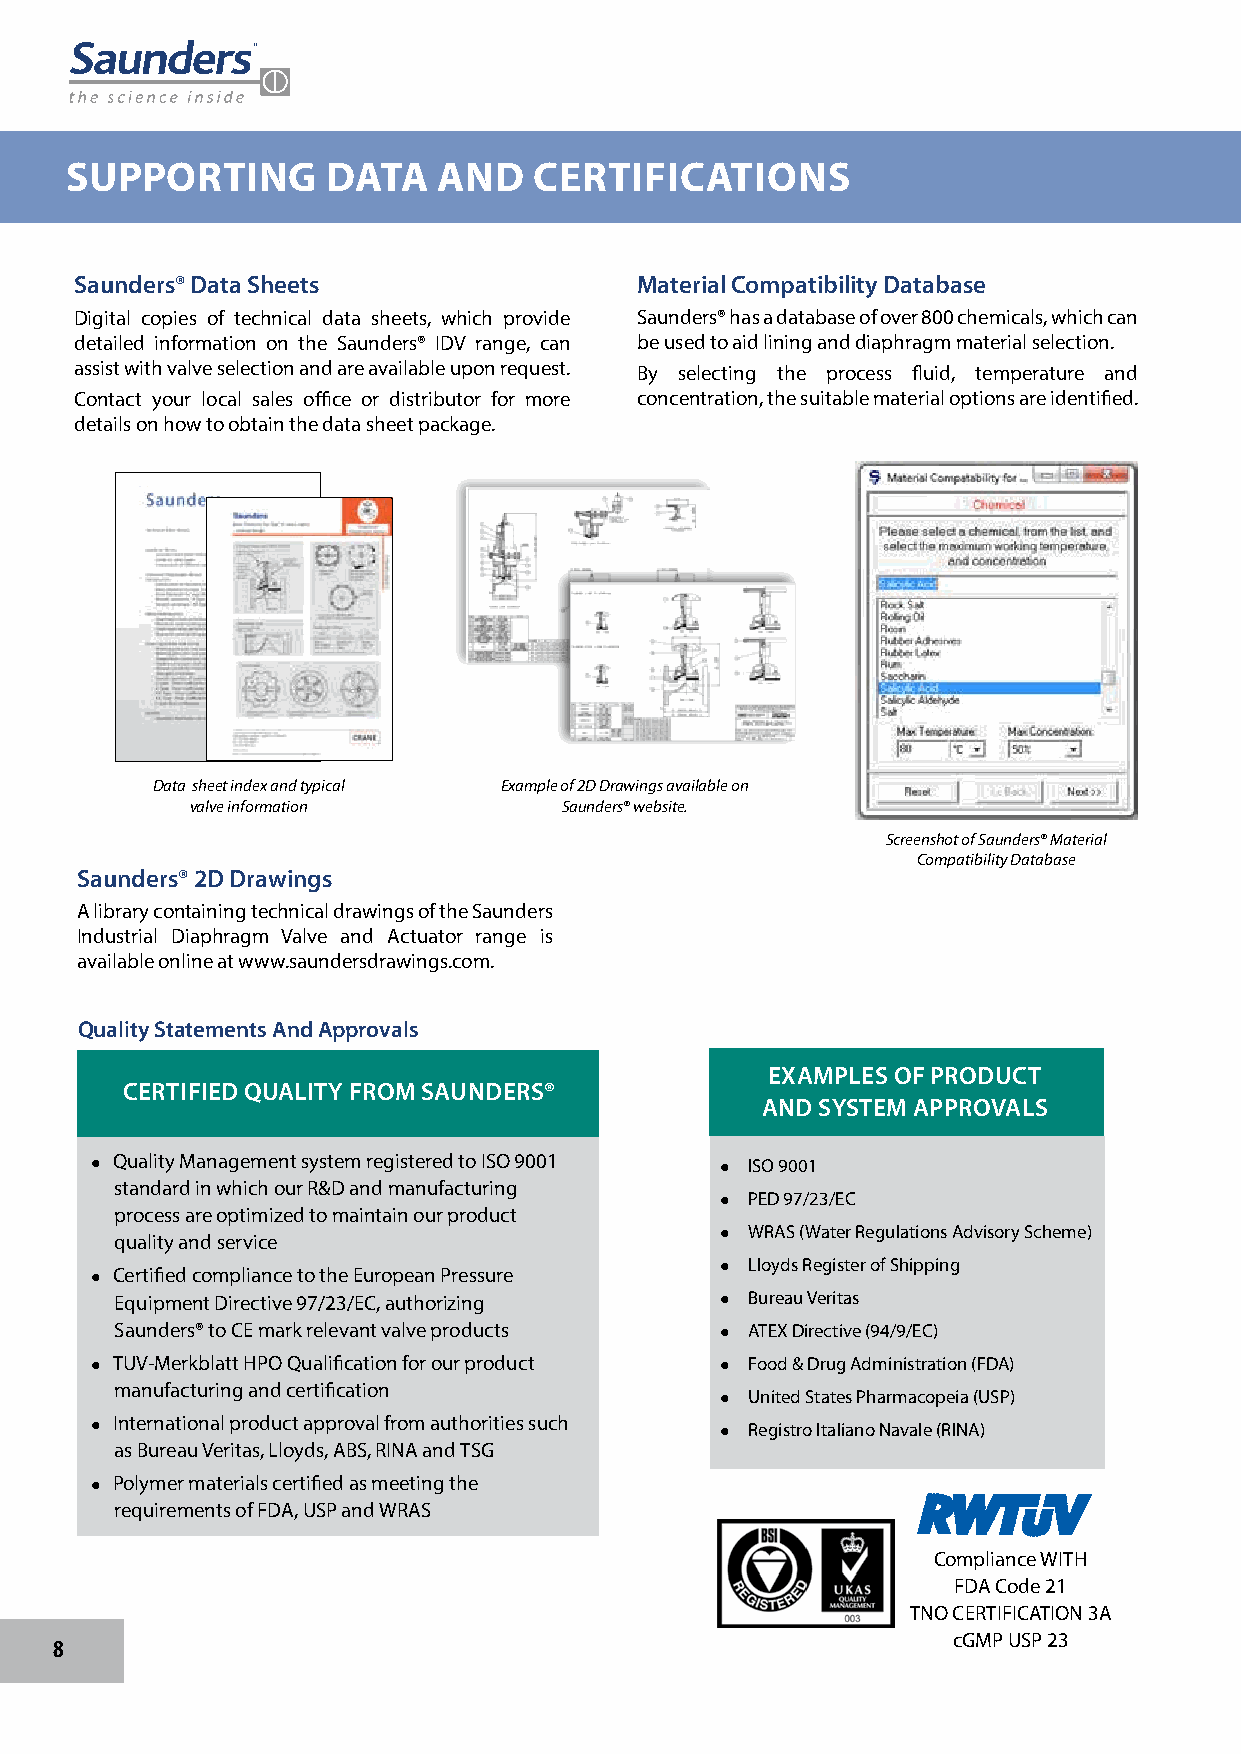
SUPPORTING        DATA   AND   CERTIFICATIONS
 Saunders® Data Sheets                Material Compatibility Database
 Digital copies of technical data sheets, which provide Saunders® has a database of over 800 chemicals, which can
 detailed information on the Saunders® IDV range, can be used to aid lining and diaphragm material selection.
 assist with valve selection and are available upon request. By selecting the process fluid, temperature and
 Contact your local sales office or distributor for more concentration, the suitable material options are identified.
 details on how to obtain the data sheet package.
 Data sheet index and typical Example of 2D Drawings available on
 valve information       Saunders® website.
 Screenshot of Saunders® Material
 Compatibility Database
 Saunders® 2D Drawings
 A library containing technical drawings of the Saunders
 Industrial Diaphragm Valve and Actuator range is
 available online at www.saundersdrawings.com.
 Quality Statements And Approvals
 EXAMPLES OF PRODUCT
 CERTIFIED QUALITY FROM SAUNDERS®
 AND SYSTEM APPROVALS
  Quality Management system registered to ISO 9001  ISO 9001
 standard in which our R&D and manufacturing
  PED 97/23/EC
 process are optimized to maintain our product
 quality and service                      WRAS (Water Regulations Advisory Scheme)
  Certified compliance to the European Pressure  Lloyds Register of Shipping
 Equipment Directive 97/23/EC, authorizing  Bureau Veritas
 Saunders® to CE mark relevant valve products  ATEX Directive (94/9/EC)
  TUV-Merkblatt HPO Qualification for our product  Food & Drug Administration (FDA)
 manufacturing and certification
  United States Pharmacopeia (USP)
  International product approval from authorities such  Registro Italiano Navale (RINA)
 as Bureau Veritas, Lloyds, ABS, RINA and TSG
  Polymer materials certified as meeting the
 requirements of FDA, USP and WRAS
 Compliance WITH
 FDA Code 21
 TNO CERTIFICATION 3A
 cGMP USP 23
 8